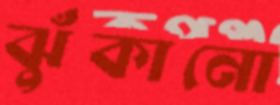
ঝুঁকানো